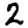
Digit: 2